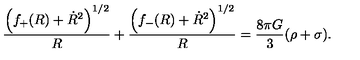
\frac { \left( f _ { + } ( R ) + \dot { R } ^ { 2 } \right) ^ { 1 / 2 } } { R } + \frac { \left( f _ { - } ( R ) + \dot { R } ^ { 2 } \right) ^ { 1 / 2 } } { R } = \frac { 8 \pi G } { 3 } ( \rho + \sigma ) .